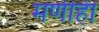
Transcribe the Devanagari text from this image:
मणीही